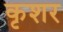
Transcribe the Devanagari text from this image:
कृशर